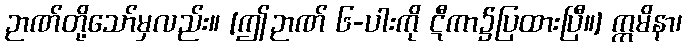
ဉာဏ်တို့သော်မှလည်း။ [ဤဉာဏ် ၆-ပါးကို ဋီကာ၌ပြထားပြီ။] ဣမိနာ၊